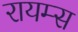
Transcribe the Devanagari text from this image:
रायम्स